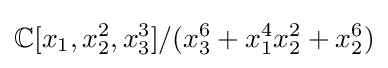
\mathbb {C} [x_{1},x_{2}^{2},x_{3}^{3}]/(x_{3}^{6}+x_{1}^{4}x_{2}^{2}+x_{2}^{6})